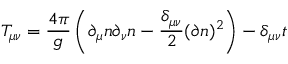
T _ { \mu \nu } = \frac { 4 \pi } { g } \left( \partial _ { \mu } n \partial _ { \nu } n - \frac { \delta _ { \mu \nu } } { 2 } ( \partial n ) ^ { 2 } \right) - \delta _ { \mu \nu } t